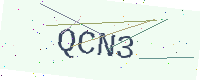
Text: QCN3